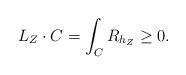
LaTeX: \begin{align*}L_{Z}\cdot C=\int_{C}R_{h_{Z}}\geq0.\end{align*}